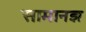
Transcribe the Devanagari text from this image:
सामानज्ञ